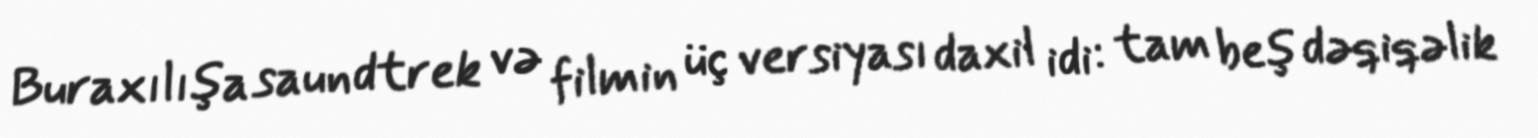
Buraxılışa saundtrek və filmin üç versiyası daxil idi: tam beş dəqiqəlik